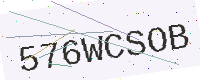
Text: 576WCSOB